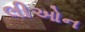
લીઓન